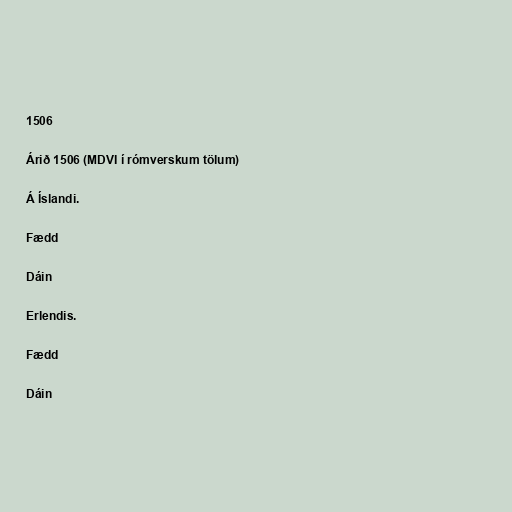
1506

Árið 1506 (MDVI í rómverskum tölum)

Á Íslandi.

Fædd

Dáin

Erlendis.

Fædd

Dáin